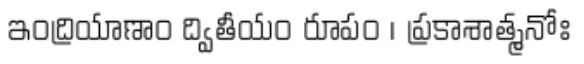
ఇంద్రియాణాం ద్వితీయం రూపం । ప్రకాశాత్మనోః